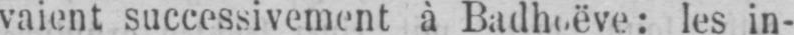
vaient successivement à Badhoëve: les in-